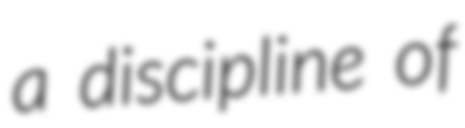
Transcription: a discipline of